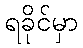
ရခိုင်မှာ